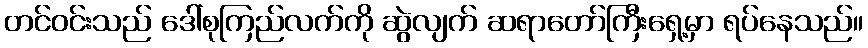
တင်ဝင်းသည် ဒေါ်စုကြည်လက်ကို ဆွဲလျက် ဆရာတော်ကြီးရှေ့မှာ ရပ်နေသည်။